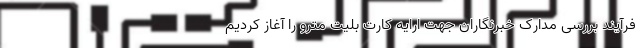
فرآیند بررسی مدارک خبرنگاران جهت ارایه کارت بلیت مترو را آغاز کردیم